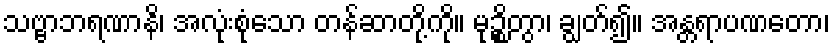
သဗ္ဗာဘရဏာနိ၊ အလုံးစုံသော တန်ဆာတို့ကို။ မုဉ္စိတွာ၊ ချွတ်၍။ အန္တရာပဏတော၊